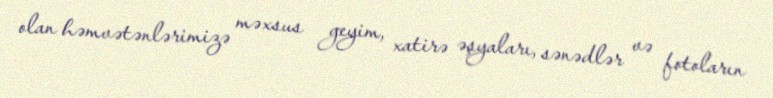
olan həmvətənlərimizə məxsus geyim, xatirə əşyaları, sənədlər və fotoların